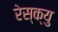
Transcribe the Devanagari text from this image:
रेस्क्यु